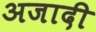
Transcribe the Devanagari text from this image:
अजादी